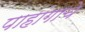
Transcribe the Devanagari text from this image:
पाहांगाचे